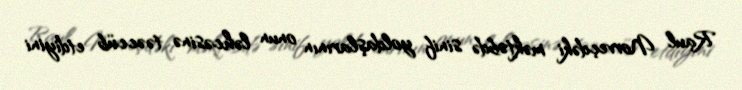
Raul Norveçdəki məktəbdə sinif yoldaşlarının onun ləhcəsinə təəccüb etdiyini